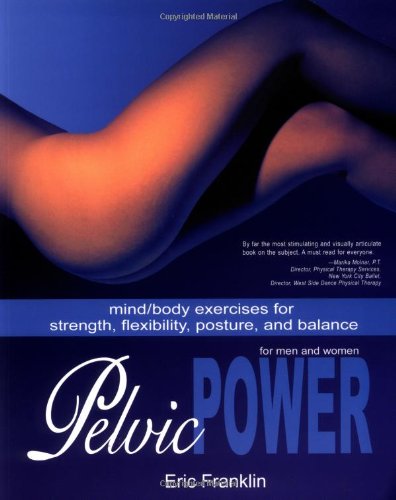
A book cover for Pelvic Power: Mind/Body Exercises for Strength, Flexibility, Posture, and Balance for Men and Women; Eric Franklin; Health, Fitness & Dieting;